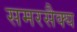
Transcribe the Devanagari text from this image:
समरसैक्य